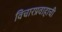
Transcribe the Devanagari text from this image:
विचारप्रवाहाची